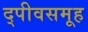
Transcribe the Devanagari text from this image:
द्पीवसमूह